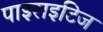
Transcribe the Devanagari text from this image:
पाइराइटिज